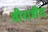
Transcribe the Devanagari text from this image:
वीराशैव